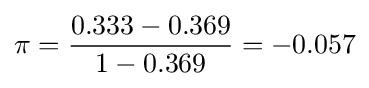
\pi ={\frac {0.333-0.369}{1-0.369}}=-0.057